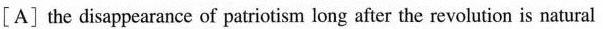
[A] the disappearance of patriotism long after the revolution is natural